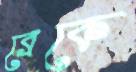
ব্রেকে